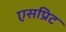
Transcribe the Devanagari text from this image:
एसप्रिट